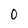
Character: 0